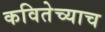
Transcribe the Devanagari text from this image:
कवितेच्याच